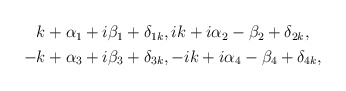
\begin{align*}\begin{aligned}& k + \alpha_1 +i\beta_1 + \delta_{1k}, ik + i\alpha_2 -\beta_2 + \delta_{2k}, \\-& k + \alpha_3 +i\beta_3 + \delta_{3k},-ik + i\alpha_4 -\beta_4 + \delta_{4k},\end{aligned}\end{align*}